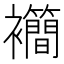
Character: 𫌙